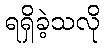
ရရှိခဲ့သလို